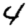
Digit: 4